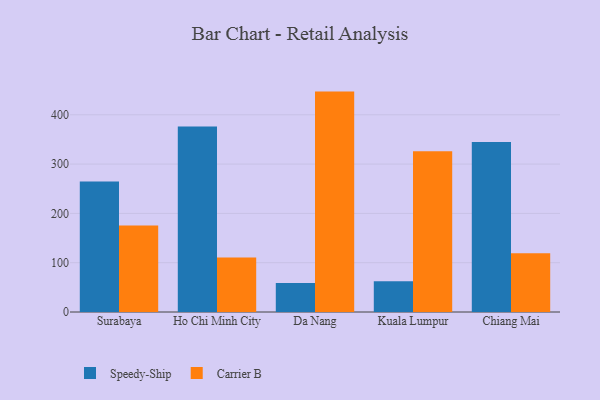
{"axis": {"x": "City", "y": "Conversion Rate (%)"}, "legend": ["Carrier B", "Speedy-Ship"], "data": [{"x": "Surabaya", "y": 264.8, "type": "Speedy-Ship"}, {"x": "Surabaya", "y": 175.3, "type": "Carrier B"}, {"x": "Ho Chi Minh City", "y": 376.4, "type": "Speedy-Ship"}, {"x": "Ho Chi Minh City", "y": 110.4, "type": "Carrier B"}, {"x": "Da Nang", "y": 58.8, "type": "Speedy-Ship"}, {"x": "Da Nang", "y": 447.0, "type": "Carrier B"}, {"x": "Kuala Lumpur", "y": 62.4, "type": "Speedy-Ship"}, {"x": "Kuala Lumpur", "y": 326.2, "type": "Carrier B"}, {"x": "Chiang Mai", "y": 344.8, "type": "Speedy-Ship"}, {"x": "Chiang Mai", "y": 118.9, "type": "Carrier B"}]}